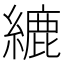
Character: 䌒